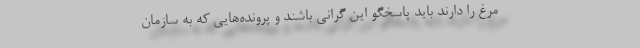
مرغ را دارند باید پاسخگو این گرانی باشند و پرونده‌هایی که به سازمان